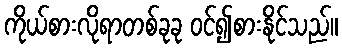
ကိုယ်စားလိုရာတစ်ခုခု ဝင်၍စားနိုင်သည်။